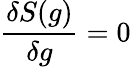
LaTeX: {\frac{\delta S(g)}{\delta g}}=0